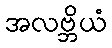
အလဗ္ဘိယံ